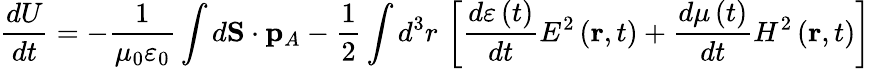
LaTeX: \frac{dU}{dt}=-\frac{1}{\mu_{0}\varepsilon_{0}}\int d\mathbf{S}\cdot\mathbf{p}_{A}-\frac{1}{2}\int d^{3}r\, \left[\frac{d\varepsilon\left(t\right)}{dt}E^{2}\left(\mathbf{r},t\right)+\frac{d\mu\left(t\right)}{dt}H^{2}\left(\mathbf{r},t\right)\right]